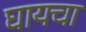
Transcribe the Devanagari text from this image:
घायचा